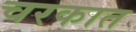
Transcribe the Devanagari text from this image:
चरकात